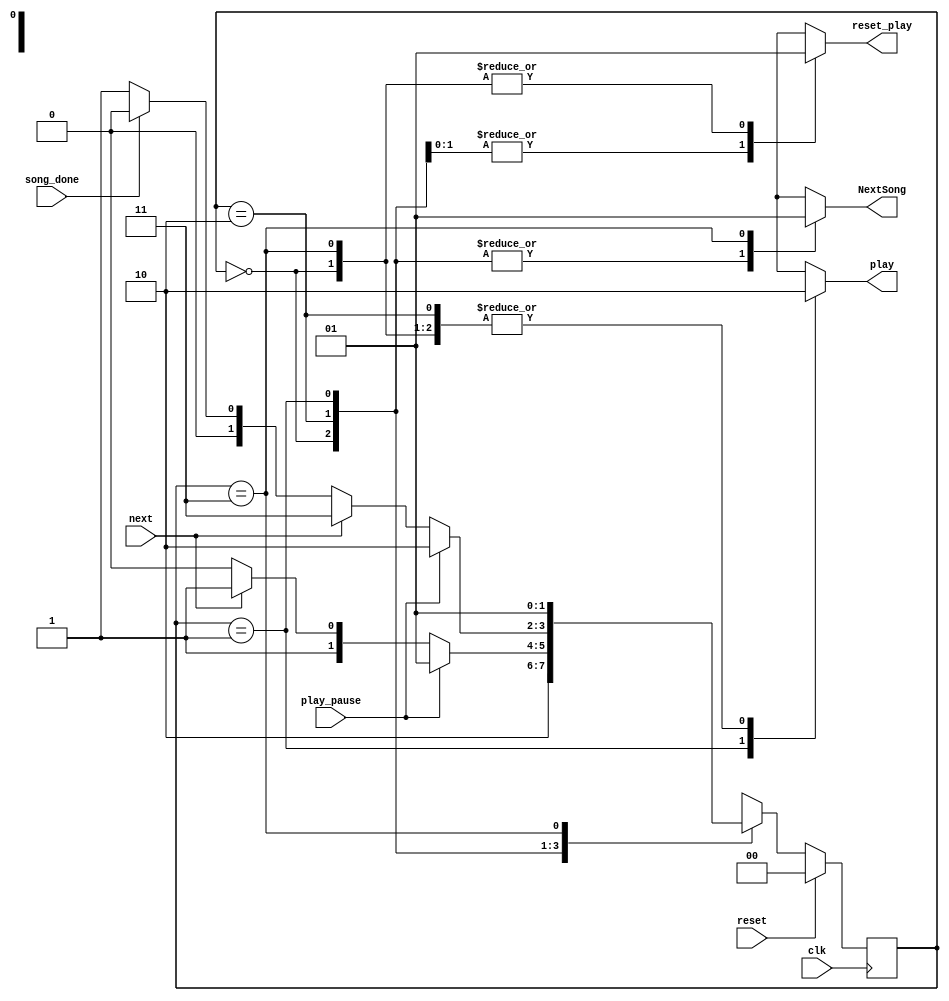
module mcu_ctrl (
    clk,        
    reset,
    play_pause,
    next,
    song_done,
    play,
    reset_play,
    NextSong
);
    parameter RESET = 0, PLAY = 1, PAUSE = 2, NEXT = 3;
    input clk, reset, play_pause, next, song_done;
    output reg play, reset_play, NextSong;
    reg[1:0] state, nextstate;
    //-D
    always @(posedge clk) begin
        if(reset) state = RESET;
        else state = nextstate;
    end
    //-
    always @(*) begin
        play = 0; reset_play = 0;NextSong = 0; //0
        case(state)
            RESET: begin
                reset_play = 1;
                nextstate = PAUSE;
            end
            PAUSE: begin
                if(play_pause) nextstate = PLAY;
                else if(next)    nextstate = NEXT;
                     else nextstate = PAUSE;
            end
            PLAY: begin
                play = 1;
                if(play_pause) nextstate = PAUSE;
                else begin
                    if(next) nextstate = NEXT;
                    else begin
                        if(song_done) nextstate = RESET;
                        else nextstate = PLAY;
                    end
                end 
            end
            NEXT: begin
                NextSong = 1; reset_play = 1;
                nextstate = PLAY;
            end
        endcase
    end
endmodule